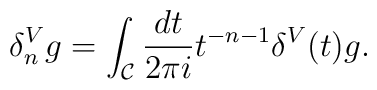
\delta_n^V g = \int_{\cal C} {dt\over 2\pi i} t^{-n -1} \delta^V (t) g.